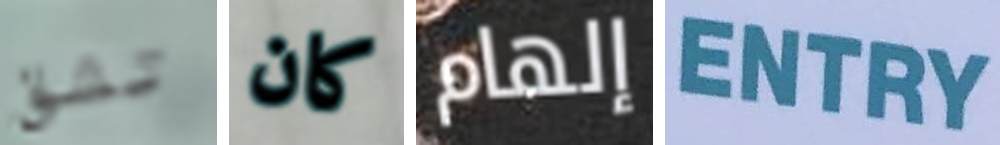
تشق كان إلهام ENTRY